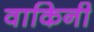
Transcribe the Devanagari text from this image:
वाकिनी